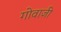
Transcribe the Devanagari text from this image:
गोवाजी